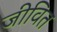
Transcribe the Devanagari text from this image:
जीवित